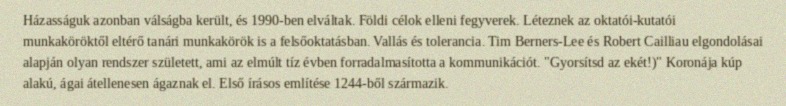
Házasságuk azonban válságba került, és 1990-ben elváltak. Földi célok elleni fegyverek. Léteznek az oktatói-kutatói munkaköröktől eltérő tanári munkakörök is a felsőoktatásban. Vallás és tolerancia. Tim Berners-Lee és Robert Cailliau elgondolásai alapján olyan rendszer született, ami az elmúlt tíz évben forradalmasította a kommunikációt. "Gyorsítsd az ekét!)" Koronája kúp alakú, ágai átellenesen ágaznak el. Első írásos említése 1244-ből származik.